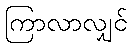
ကြာလာလျှင်